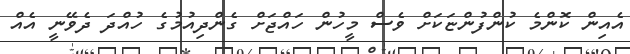
އެއިން ކޮންމެ ކުންފުންޏަކަށް ވެސް މީހުން ހައްޖަށް ގެންދިއުމުގެ ހުއްދަ ދެވޭނީ އެއް